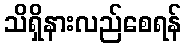
သိရှိနားလည်စေရန်